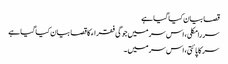
قصا بیان کیا گیا ہے
سر رامکلی، اس سر میں جوگی فقراء کا قصا بیان کیا گیا ہے
سر کاپائتی، اس سر میں ۔